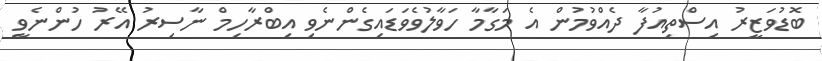
ބޮޑުވަޒީރު އިސްތިއުފާ ދެއްވުމުން އެ މަގާމާ ހަވާލުވެވަޑައިގެންނެވި އިބްރާހިމް ނާސިރު އޭރު ހުންނެވީ